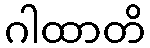
ဂါထာတိ